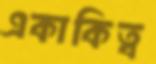
একাকিত্ব